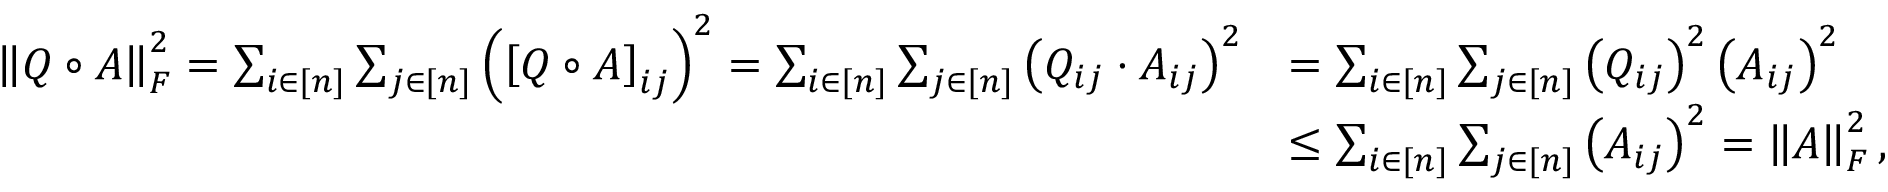
\begin{array} { r l } { \left\| Q \circ A \right\| _ { F } ^ { 2 } = \sum _ { i \in [ n ] } \sum _ { j \in [ n ] } \left( \left[ Q \circ A \right] _ { i j } \right) ^ { 2 } = \sum _ { i \in [ n ] } \sum _ { j \in [ n ] } \left( Q _ { i j } \cdot A _ { i j } \right) ^ { 2 } } & { = \sum _ { i \in [ n ] } \sum _ { j \in [ n ] } \left( Q _ { i j } \right) ^ { 2 } \left( A _ { i j } \right) ^ { 2 } } \\ & { \leq \sum _ { i \in [ n ] } \sum _ { j \in [ n ] } \left( A _ { i j } \right) ^ { 2 } = \left\| A \right\| _ { F } ^ { 2 } , } \end{array}